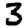
Digit: 3